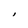
Character: I